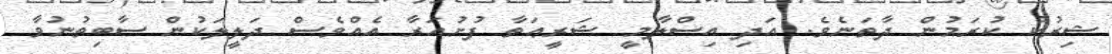
ޝިރުކު ކުރަމުން ދާތަނެވެ. އަދި އިސްލާމީ ޝަރީޢަތާ ފުށުއަރާ އެއްވެސް ދަލީލަކުން ސާބިތުނުވާ